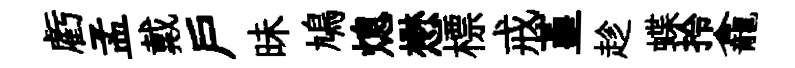
虧孟戴戸昧鳩熄懋標戒堇趁蝶拎龕